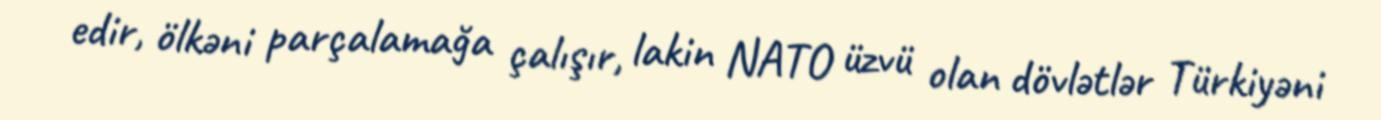
edir, ölkəni parçalamağa çalışır, lakin NATO üzvü olan dövlətlər Türkiyəni